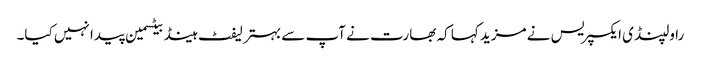
راولپنڈی ایکسپریس نے مزید کہا کہ بھارت نے آپ سے بہتر لیفٹ ہینڈ بیٹسمین پیدا نہیں کیا۔